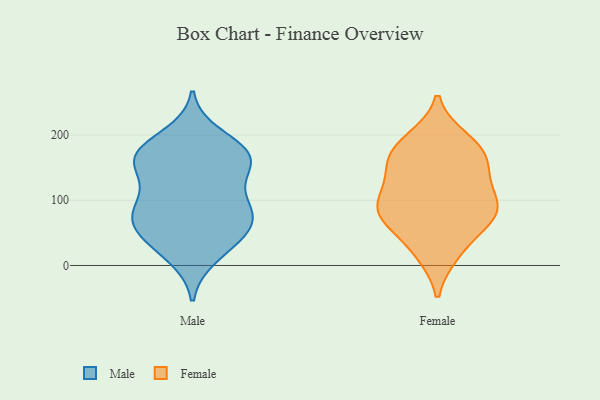
{"axis": {"x": "Website Visitors", "y": "Value"}, "legend": ["Female", "Male"], "data": [{"x": "", "y": 169, "type": "Male"}, {"x": "", "y": 88, "type": "Male"}, {"x": "", "y": 150, "type": "Male"}, {"x": "", "y": 25, "type": "Male"}, {"x": "", "y": 82, "type": "Male"}, {"x": "", "y": 199, "type": "Male"}, {"x": "", "y": 68, "type": "Male"}, {"x": "", "y": 47, "type": "Male"}, {"x": "", "y": 175, "type": "Male"}, {"x": "", "y": 76, "type": "Male"}, {"x": "", "y": 172, "type": "Male"}, {"x": "", "y": 63, "type": "Male"}, {"x": "", "y": 100, "type": "Male"}, {"x": "", "y": 14, "type": "Male"}, {"x": "", "y": 162, "type": "Male"}, {"x": "", "y": 167, "type": "Male"}, {"x": "", "y": 154, "type": "Male"}, {"x": "", "y": 114, "type": "Male"}, {"x": "", "y": 50, "type": "Male"}, {"x": "", "y": 19, "type": "Female"}, {"x": "", "y": 81, "type": "Female"}, {"x": "", "y": 84, "type": "Female"}, {"x": "", "y": 148, "type": "Female"}, {"x": "", "y": 193, "type": "Female"}, {"x": "", "y": 68, "type": "Female"}, {"x": "", "y": 164, "type": "Female"}, {"x": "", "y": 112, "type": "Female"}, {"x": "", "y": 72, "type": "Female"}, {"x": "", "y": 87, "type": "Female"}, {"x": "", "y": 153, "type": "Female"}, {"x": "", "y": 125, "type": "Female"}, {"x": "", "y": 87, "type": "Female"}, {"x": "", "y": 23, "type": "Female"}, {"x": "", "y": 183, "type": "Female"}, {"x": "", "y": 181, "type": "Female"}]}